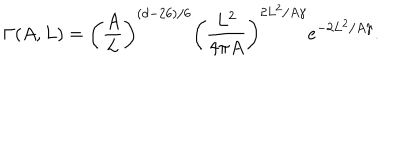
LaTeX: \Gamma ( A , L ) = { { \left( { \frac { A } { L } } \right) } ^ { ( d - 2 6 ) / 6 } } { { \left( { \frac { L ^ { 2 } } { 4 \pi { A } } } \right) } ^ { 2 { L ^ { 2 } } / A \gamma } } { e ^ { - 2 { L ^ { 2 } } / A \gamma } } .